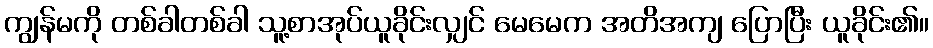
ကျွန်မကို တစ်ခါတစ်ခါ သူ့စာအုပ်ယူခိုင်းလျှင် မေမေက အတိအကျ ပြောပြီး ယူခိုင်း၏။